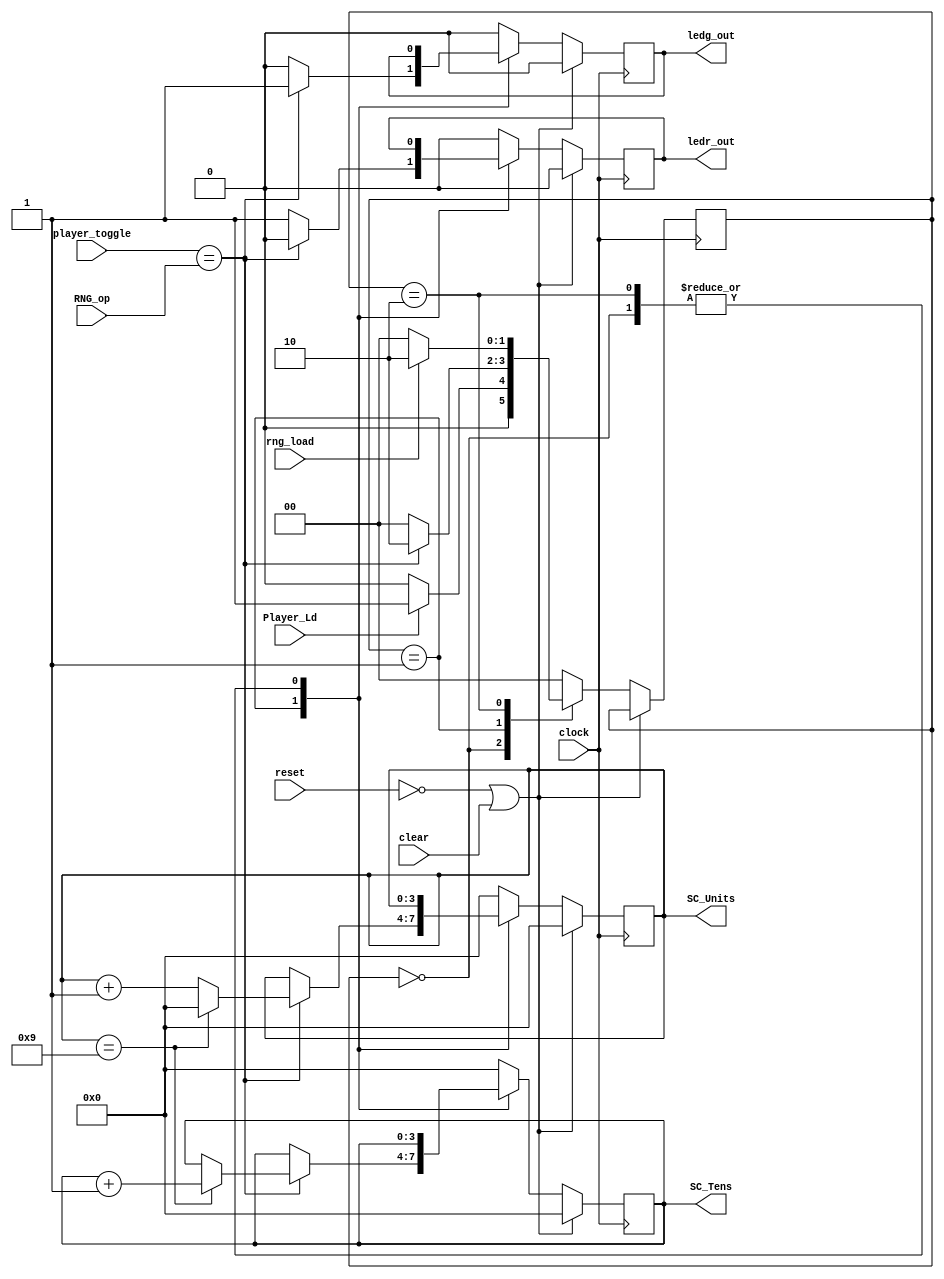
module score_level2(clock, reset,clear, player_toggle,RNG_op, rng_load, Player_Ld, SC_Tens, SC_Units,ledr_out ,
 ledg_out);

	input clock, reset;
	input rng_load, Player_Ld;
	input clear;
	input[3:0] player_toggle;
	output reg [3:0] SC_Tens, SC_Units;
	input  [3:0] RNG_op;
	//reg [1:0]cnt;
	
	output ledr_out , ledg_out;
    reg ledr_out , ledg_out;


	parameter LOAD_WAIT = 0, SCORE_CAL = 1, WAIT_RNGLOAD =2;
	
	reg [1:0] state;

	always@(posedge clock) 
	  begin
		if(reset == 0 | clear==1)
			 begin
   				SC_Tens <= 0;
   				SC_Units <= 0;
				ledr_out <=0 ; 
                                ledg_out <=0;
							
											//cnt<= 0;
 			end
		else 
 		   	begin
				case(state) 
                
					LOAD_WAIT: 
						begin
						  if(Player_Ld == 1) begin
						  
							state <= SCORE_CAL; end
						  else begin
							state <= LOAD_WAIT; end
						end

					SCORE_CAL: 
						begin
						     if( player_toggle == RNG_op )//comparing player input with encoded value of symbol
							begin
							
							  ledr_out = 1'b0;		
							  ledg_out = 1'b1;
							     if( SC_Units == 9)
								begin
								    SC_Units <= 0;
								    SC_Tens <= SC_Tens + 1;
								end
					     		     else
								begin
								    SC_Units <= SC_Units + 1;
								    SC_Tens <= SC_Tens;
								end 
							     state <= WAIT_RNGLOAD;
						        end
						  else 
                        begin
								
						        ledr_out = 1'b1;
                          ledg_out = 1'b0;
 							     SC_Units <= SC_Units;
							     SC_Tens <= SC_Tens;
							     state <= LOAD_WAIT; 
                        end
                  end							  
					WAIT_RNGLOAD: 
						begin
						
						  SC_Units <= SC_Units;
					 	  SC_Tens <= SC_Tens;
						  if(rng_load == 0)
							state <= LOAD_WAIT;
						  else
							state <= WAIT_RNGLOAD;
						end
					default:
						begin
   						     SC_Tens <= 0;
   						     SC_Units <= 0;
								  ledr_out <=0 ; 
                          ledg_out <=0;
										 
						    // cnt<=0;
						     state <= LOAD_WAIT;

						end
                
					 
				endcase				   					   									
 		   end	
	  end

endmodule